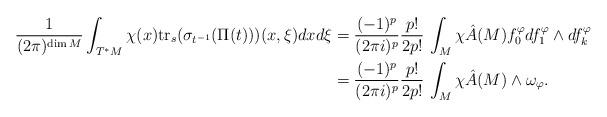
LaTeX: \begin{align*}\frac{1}{(2\pi)^{\dim M}}\int_{T^*M}\chi(x){\rm tr}_s(\sigma_{t^{-1}}(\Pi(t)))(x,\xi) dxd\xi&=\frac{(-1)^p}{(2\pi i)^p} \frac{p !}{2p!}\,\int_M \chi\hat{A}(M)f_0^\varphi df^\varphi_1\wedge df^\varphi_k\\&=\frac{(-1)^p}{(2\pi i)^p} \frac{p !}{2p!}\,\int_M \chi\hat{A}(M)\wedge \omega_\varphi.\end{align*}